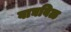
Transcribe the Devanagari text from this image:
वाघबिळ